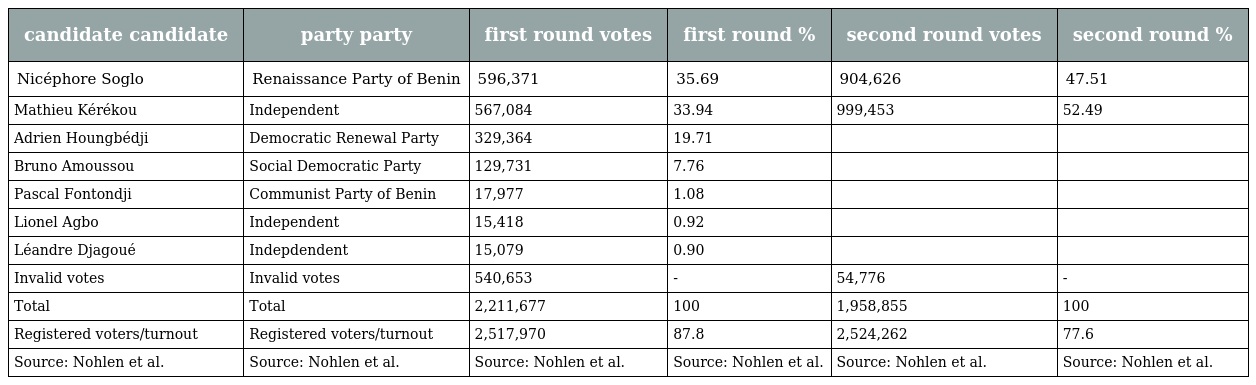
| candidate candidate | party party | first round votes | first round % | second round votes | second round % |
 | --- | --- | --- | --- | --- | --- |
 | Nicéphore Soglo | Renaissance Party of Benin | 596,371 | 35.69 | 904,626 | 47.51 |
 | Mathieu Kérékou | Independent | 567,084 | 33.94 | 999,453 | 52.49 |
 | Adrien Houngbédji | Democratic Renewal Party | 329,364 | 19.71 |  |  |
 | Bruno Amoussou | Social Democratic Party | 129,731 | 7.76 |  |  |
 | Pascal Fontondji | Communist Party of Benin | 17,977 | 1.08 |  |  |
 | Lionel Agbo | Independent | 15,418 | 0.92 |  |  |
 | Léandre Djagoué | Indepdendent | 15,079 | 0.90 |  |  |
 | Invalid votes | Invalid votes | 540,653 | - | 54,776 | - |
 | Total | Total | 2,211,677 | 100 | 1,958,855 | 100 |
 | Registered voters/turnout | Registered voters/turnout | 2,517,970 | 87.8 | 2,524,262 | 77.6 |
 | Source: Nohlen et al. | Source: Nohlen et al. | Source: Nohlen et al. | Source: Nohlen et al. | Source: Nohlen et al. | Source: Nohlen et al. |